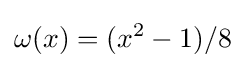
\omega (x)=(x^{2}-1)/8